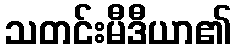
သတင်းမီဒီယာ၏